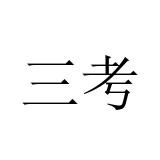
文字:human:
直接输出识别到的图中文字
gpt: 三考